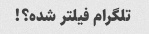
تلگرام فیلتر شده؟!